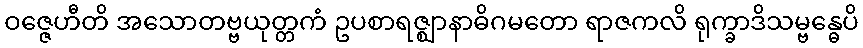
ဝဇ္ဇေဟီတိ အသောတဗ္ဗယုတ္တကံ ဥပစာရဇ္ဈာနာဓိဂမတော ရာဇကလိ ရုက္ခာဒိသမ္ဗန္ဓေပိ